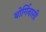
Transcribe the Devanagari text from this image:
बोर्गिनासी